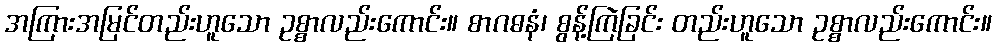
အကြားအမြင်တည်းဟူသော ဥစ္စာလည်းကောင်း။ စာဂဓနံ၊ စွန့်ကြဲခြင်း တည်းဟူသော ဥစ္စာလည်းကောင်း။